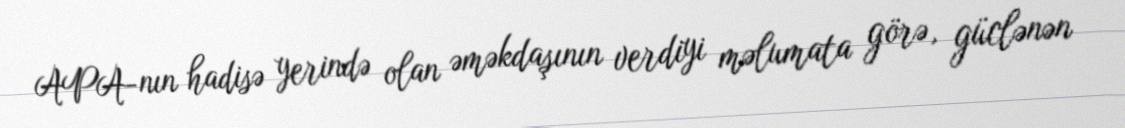
APA-nın hadisə yerində olan əməkdaşının verdiyi məlumata görə, güclənən